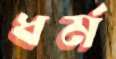
ধর্ম